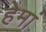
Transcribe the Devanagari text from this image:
हेमां